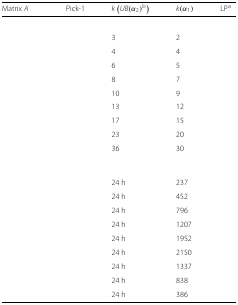
<table><thead><tr><td><b>Matrix <i>A</i></b></td><td><b>Pick-1</b></td><td><b><i>k</i>(<i>U</i><i>B</i>(<i>α</i><sub>2</sub>)<sup><i>b</i></sup>)</b></td><td><b><i>k</i>(<i>α</i><sub>1</sub>)</b></td><td><b>LP<sup>a</sup></b></td></tr></thead><tbody><tr><td colspan="5">[EMPTY_CELL]</td></tr><tr><td>[EMPTY_CELL]</td><td>[EMPTY_CELL]</td><td>3</td><td>2</td><td>[EMPTY_CELL]</td></tr><tr><td>[EMPTY_CELL]</td><td>[EMPTY_CELL]</td><td>4</td><td>4</td><td>[EMPTY_CELL]</td></tr><tr><td>[EMPTY_CELL]</td><td>[EMPTY_CELL]</td><td>6</td><td>5</td><td>[EMPTY_CELL]</td></tr><tr><td>[EMPTY_CELL]</td><td>[EMPTY_CELL]</td><td>8</td><td>7</td><td>[EMPTY_CELL]</td></tr><tr><td>[EMPTY_CELL]</td><td>[EMPTY_CELL]</td><td>10</td><td>9</td><td>[EMPTY_CELL]</td></tr><tr><td>[EMPTY_CELL]</td><td>[EMPTY_CELL]</td><td>13</td><td>12</td><td>[EMPTY_CELL]</td></tr><tr><td>[EMPTY_CELL]</td><td>[EMPTY_CELL]</td><td>17</td><td>15</td><td>[EMPTY_CELL]</td></tr><tr><td>[EMPTY_CELL]</td><td>[EMPTY_CELL]</td><td>23</td><td>20</td><td>[EMPTY_CELL]</td></tr><tr><td>[EMPTY_CELL]</td><td>[EMPTY_CELL]</td><td>36</td><td>30</td><td>[EMPTY_CELL]</td></tr><tr><td colspan="5">[EMPTY_CELL]</td></tr><tr><td>[EMPTY_CELL]</td><td>[EMPTY_CELL]</td><td>24 h</td><td>237</td><td>[EMPTY_CELL]</td></tr><tr><td>[EMPTY_CELL]</td><td>[EMPTY_CELL]</td><td>24 h</td><td>452</td><td>[EMPTY_CELL]</td></tr><tr><td>[EMPTY_CELL]</td><td>[EMPTY_CELL]</td><td>24 h</td><td>796</td><td>[EMPTY_CELL]</td></tr><tr><td>[EMPTY_CELL]</td><td>[EMPTY_CELL]</td><td>24 h</td><td>1207</td><td>[EMPTY_CELL]</td></tr><tr><td>[EMPTY_CELL]</td><td>[EMPTY_CELL]</td><td>24 h</td><td>1952</td><td>[EMPTY_CELL]</td></tr><tr><td>[EMPTY_CELL]</td><td>[EMPTY_CELL]</td><td>24 h</td><td>2150</td><td>[EMPTY_CELL]</td></tr><tr><td>[EMPTY_CELL]</td><td>[EMPTY_CELL]</td><td>24 h</td><td>1337</td><td>[EMPTY_CELL]</td></tr><tr><td>[EMPTY_CELL]</td><td>[EMPTY_CELL]</td><td>24 h</td><td>838</td><td>[EMPTY_CELL]</td></tr><tr><td>[EMPTY_CELL]</td><td>[EMPTY_CELL]</td><td>24 h</td><td>386</td><td>[EMPTY_CELL]</td></tr></tbody></table>